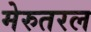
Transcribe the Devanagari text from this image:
मेरुतरल